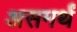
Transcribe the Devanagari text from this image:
असमर्थं